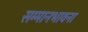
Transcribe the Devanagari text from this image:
सम्मानभावना